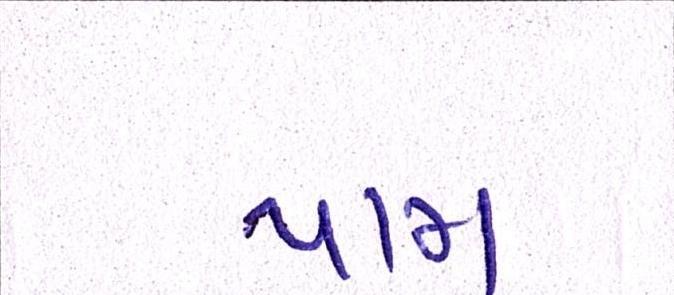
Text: પામ